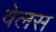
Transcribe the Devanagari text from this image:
वेलस